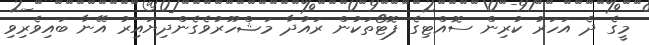
މީގެ ދެ އަހަރު ކުރިން ސޮއްޓިގެ ފޮޓޯތަކުން ރައުދާ މަޝްހޫރުވެގެންދިޔައިރު އޭނާ ބައިވެރިވި